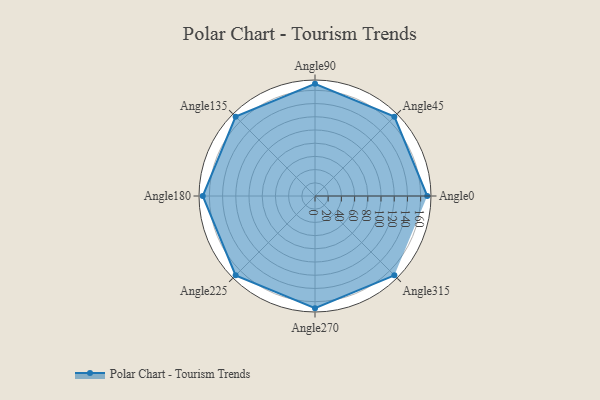
{"axis": {"x": "Angle", "y": "Radius"}, "legend": [""], "data": [{"x": "Angle0", "y": 170, "type": ""}, {"x": "Angle45", "y": 170, "type": ""}, {"x": "Angle90", "y": 170, "type": ""}, {"x": "Angle135", "y": 170, "type": ""}, {"x": "Angle180", "y": 170, "type": ""}, {"x": "Angle225", "y": 170, "type": ""}, {"x": "Angle270", "y": 170, "type": ""}, {"x": "Angle315", "y": 170, "type": ""}]}